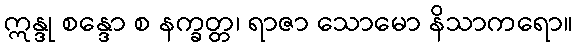
ဣန္ဒု စန္ဒော စ နက္ခတ္တ၊ ရာဇာ သောမော နိသာကရော။